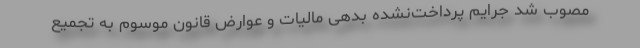
مصوب شد جرایم پرداخت‌نشده بدهی مالیات و عوارض قانون موسوم به تجمیع